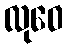
လုဝေ